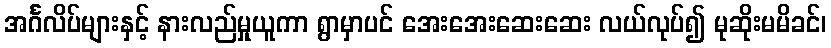
အင်္ဂလိပ်များနှင့် နားလည်မှုယူကာ ရွာမှာပင် အေးအေးဆေးဆေး လယ်လုပ်၍ မုဆိုးမမိခင်၊